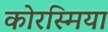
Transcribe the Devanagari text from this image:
कोरस्मिया